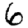
Digit: 6